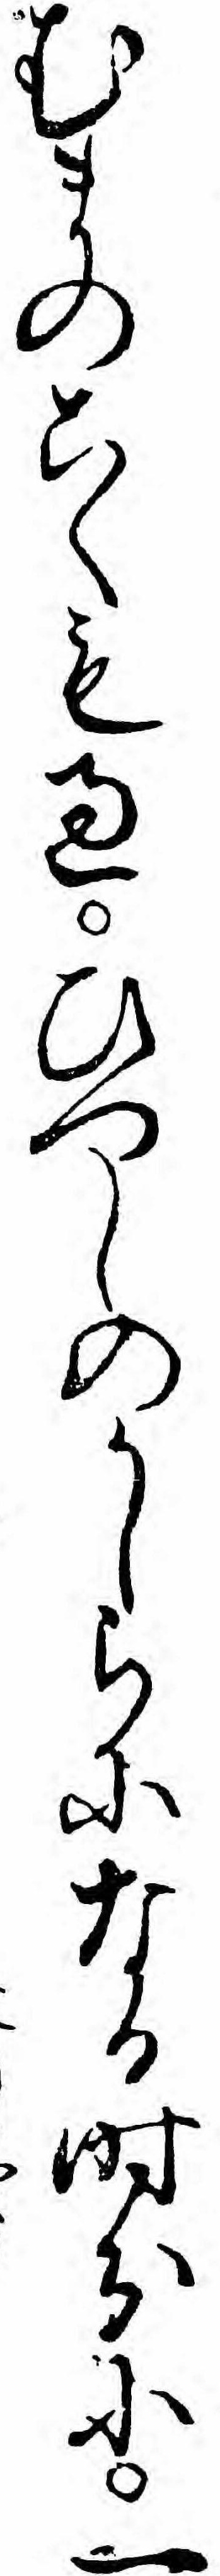
むまのこくも過ひつしのかしらになる時分に一